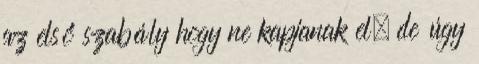
az első szabály hogy ne kapjanak el, de úgy